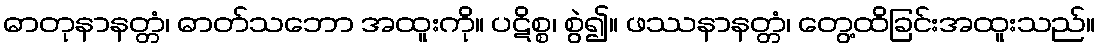
ဓာတုနာနတ္တံ၊ ဓာတ်သဘော အထူးကို။ ပဋိစ္စ၊ စွဲ၍။ ဖဿနာနတ္တံ၊ တွေ့ထိခြင်းအထူးသည်။